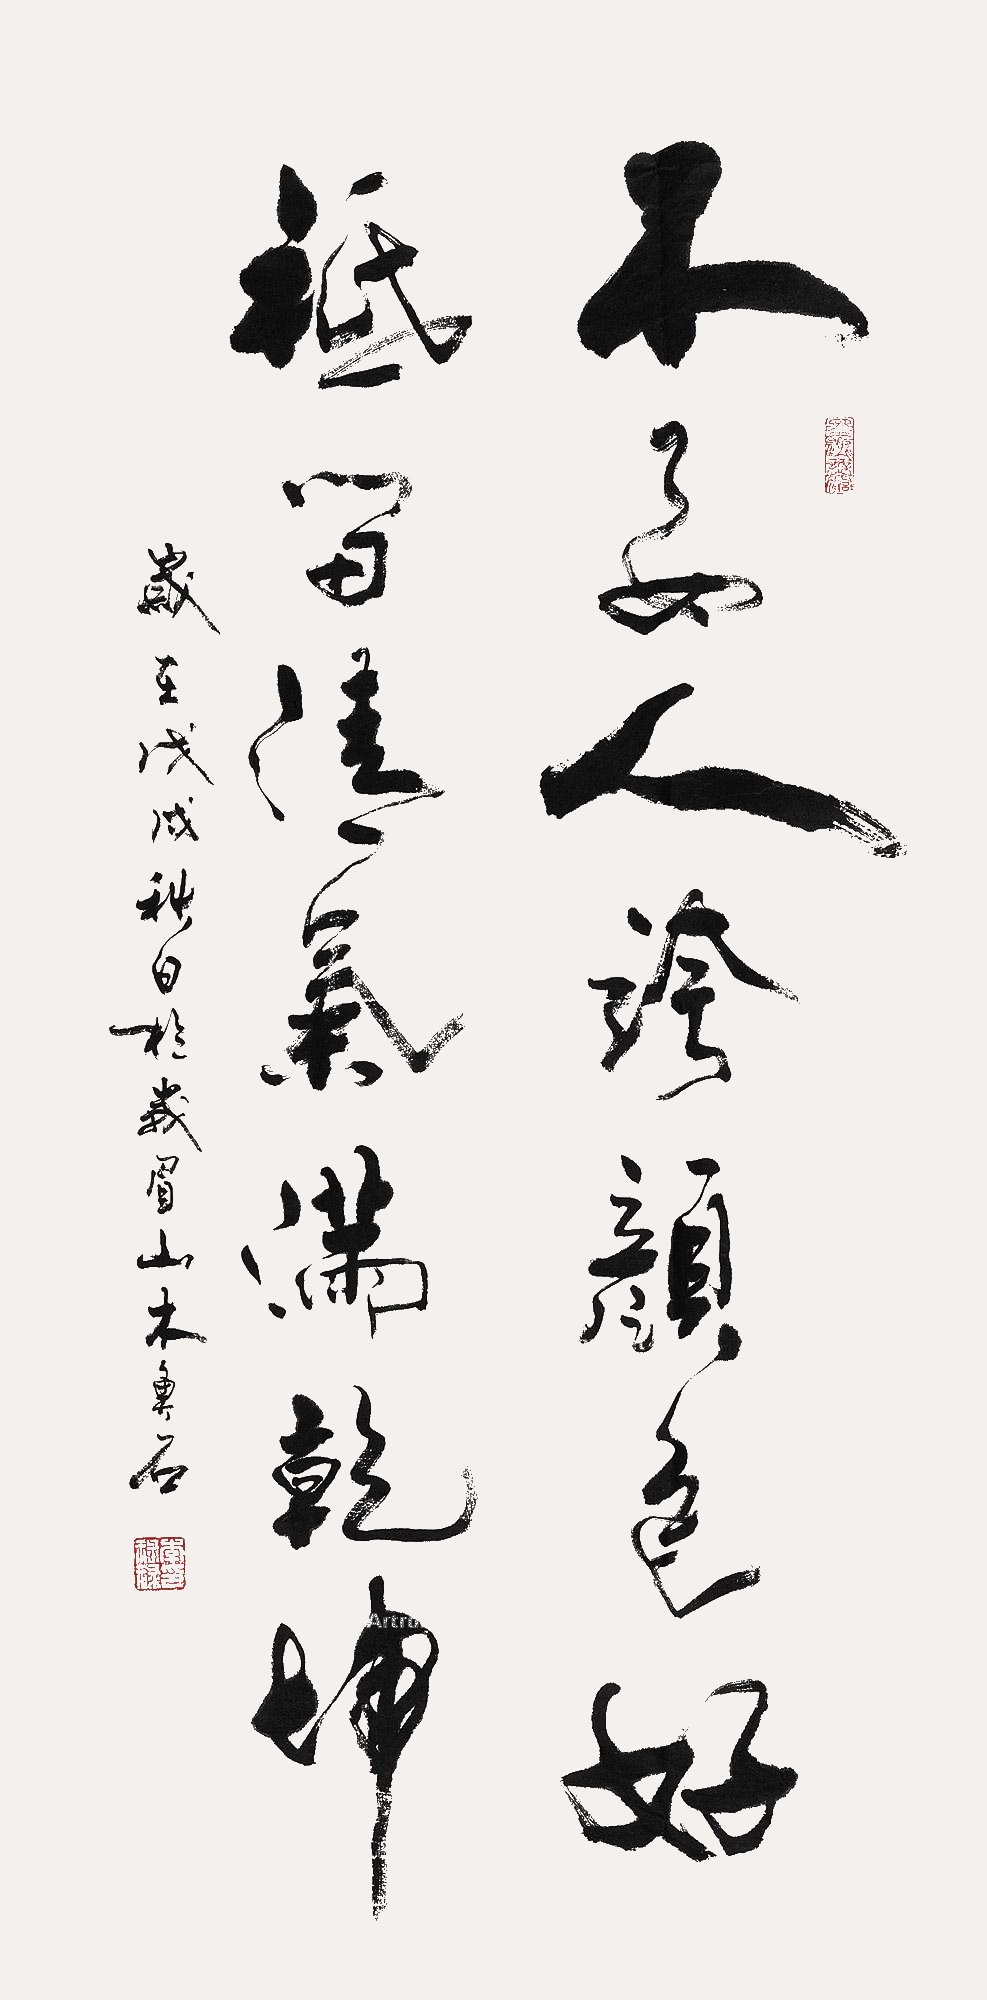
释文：不要人夸颜色好，只留清气满乾坤。岁在戊戌（2018年）秋日于峨眉山木鱼石。